Scottish Leaving Certificate Examination, 1958
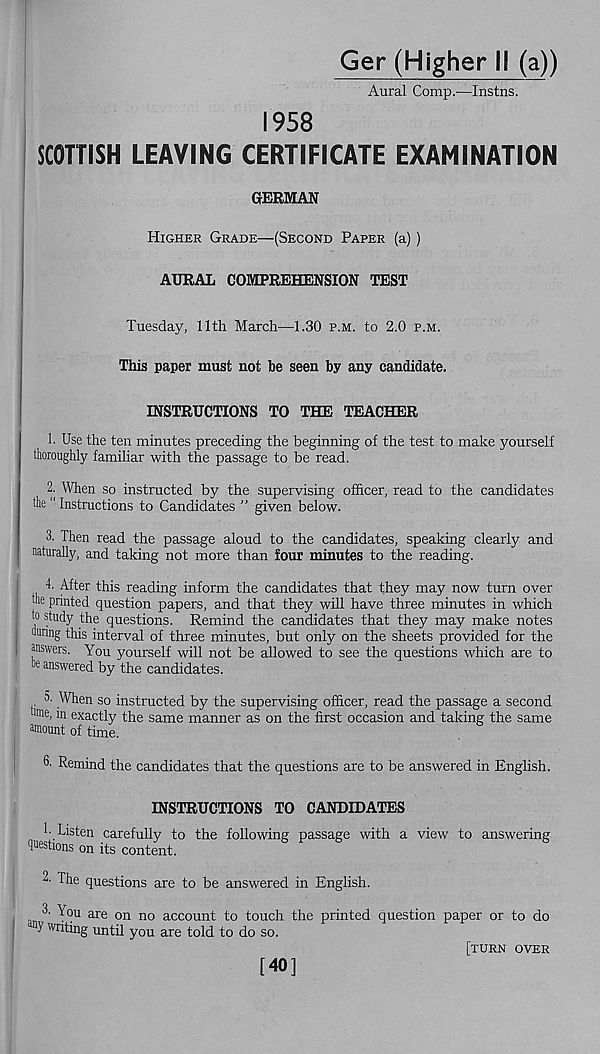
Ger (Higher 18 (a))
Aural Comp.—Instns.
1958
SCOTTISH LEAVING CERTIFICATE EXAMINATION
GERMAN
Higher Grade—(Second Paper (a))
AURAL COMPREHENSION TEST
Tuesday, 11th March—1.30 p.m. to 2.0 p.m.
This paper must not he seen by any candidate.
INSTRUCTIONS TO THE TEACHER
1. Use the ten minutes preceding the beginning of the test to make yourself
thoroughly familiar with the passage to be read.
2. When so instructed by the supervising officer, read to the candidates
the “ Instructions to Candidates ” given below.
3. Then read the passage aloud to the candidates, speaking clearly and
naturally, and taking not more than four minutes to the reading.
to study the questions. Remind the candidates that they may make notes
®inng this interval of three minutes, but only on the sheets provided for the
answers. You yourself will not be allowed to see the questions which are to
be answered by the candidates.
, 5, When so instructed by the supervising officer, read the passage a second
■me, in exactly the same manner as on the first occasion and taking the same
amount of time.
6’ Remind the candidates that the questions are to be answered in English.
INSTRUCTIONS TO CANDIDATES
!• Listen carefully to the following passage with a view to answering
questions on its content.
2. The questions are to be answered in English.
3. You are on no account to touch the printed question paper or to do
S' writing until you are told to do so.
[turn over
[40]